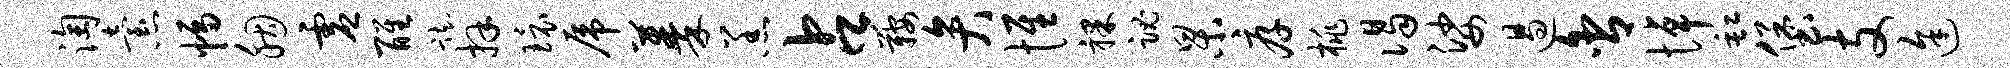
淘怠幅胭虚醒踟拜环虎蓁羔占鞍弁惟裸魂杲厚桃谒娑遏舍悼缸堡支途